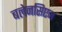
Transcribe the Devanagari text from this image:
बलेनसिएज